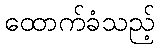
ထောက်ခံသည့်